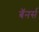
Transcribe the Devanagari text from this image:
बॅनर्स